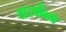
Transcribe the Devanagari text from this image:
था।पाँचवे